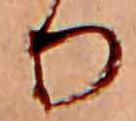
り